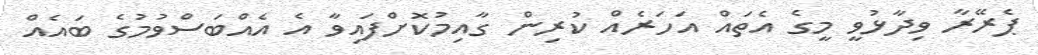
ޕެރޭރާ ވިދާޅުވީ މީގެ އެތައް އަހަރެއް ކުރިން ގާއިމުކޮށްފައިވާ އެ އެއްބަސްވުމުގެ ބައެއް